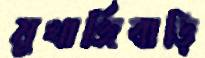
মুখার্জিবাড়ি